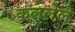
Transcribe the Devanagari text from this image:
कललेले